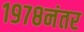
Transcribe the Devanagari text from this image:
१९७८नंतर